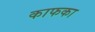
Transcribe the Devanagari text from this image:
काफका